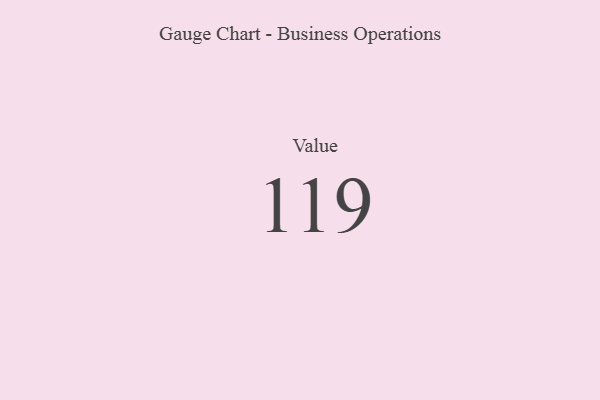
{"axis": {"x": "Metric", "y": "Value"}, "legend": [""], "data": [{"x": "Value", "y": 119, "type": ""}]}